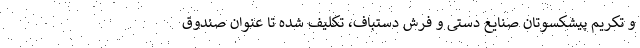
و تکریم پیشکسوتان صنایع دستی و فرش دستباف، تکلیف شده تا عنوان صندوق